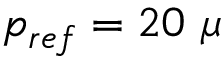
p _ { r e f } = 2 0 ~ \mu